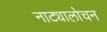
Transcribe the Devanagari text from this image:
नाट्यालोचन